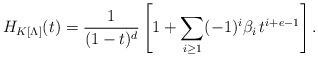
\begin{align*} H_{K[\Lambda]} (t) = \frac{1}{(1-t)^d} \left [1 + \sum_{i \ge 1} (-1)^i \beta_i \, t^{i+e-1} \right ]. \end{align*}